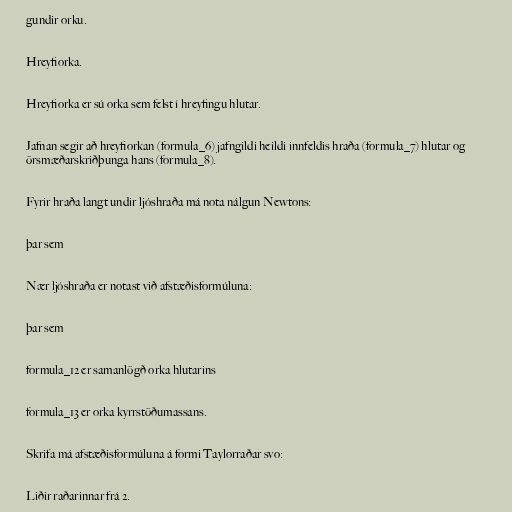
gundir orku.

Hreyfiorka.

Hreyfiorka er sú orka sem felst í hreyfingu hlutar.

Jafnan segir að hreyfiorkan (formula_6) jafngildi heildi innfeldis hraða (formula_7) hlutar og
örsmæðarskriðþunga hans (formula_8).

Fyrir hraða langt undir ljóshraða má nota nálgun Newtons:

þar sem

Nær ljóshraða er notast við afstæðisformúluna:

þar sem

formula_12 er samanlögð orka hlutarins

formula_13 er orka kyrrstöðumassans.

Skrifa má afstæðisformúluna á formi Taylorraðar svo:

Liðir raðarinnar frá 2.